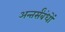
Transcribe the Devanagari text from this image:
अन्तर्संबंधों